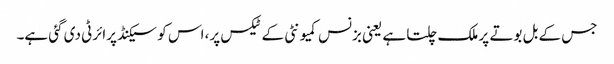
جس کے بل بوتے پر ملک چلتا ہے یعنی بزنس کمیونٹی کے ٹیکس پر، اس کو سیکنڈ پرائرٹی دی گئی ہے۔